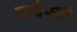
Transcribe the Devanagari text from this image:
टावेस्टी